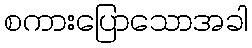
စကားပြောသောအခါ